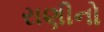
રાણીનો